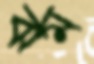
ঝম